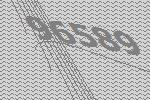
96589